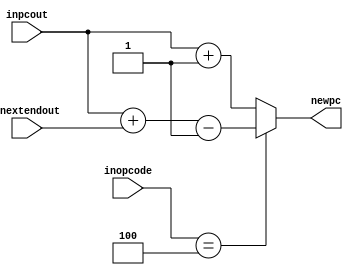
//inopcode gets value from decoder
//inpcout gets value from PC
//if the instruction is branching instruction then add the offset to pc else increment the pc by 1 and forward the updated value to input of program counter
module Branch(inopcode,inpcout,inextendout,newpc);
input [5:0] inopcode;
input [31:0] inpcout;
input [31:0] inextendout;
output [31:0] newpc;
reg [31:0] newpc;

always @ (inpcout)
begin
    if(inopcode==6'b000100)
    begin
        newpc=inpcout+inextendout-1;
    end
    else
    begin
        newpc=inpcout+1;
    end
end
endmodule